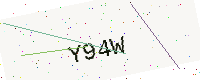
Text: Y94W